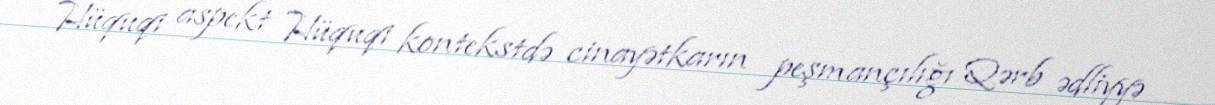
Hüquqi aspekt Hüquqi kontekstdə cinayətkarın peşmançılığı Qərb ədliyyə